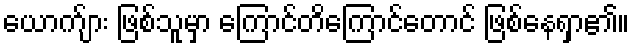
ယောက်ျား ဖြစ်သူမှာ ကြောင်တိကြောင်တောင် ဖြစ်နေရှာ၏။